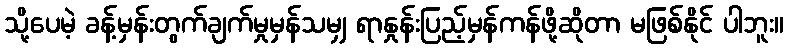
သို့ပေမဲ့ ခန့်မှန်းတွက်ချက်မှုမှန်သမျှ ရာနှုန်းပြည့်မှန်ကန်ဖို့ဆိုတာ မဖြစ်နိုင် ပါဘူး။